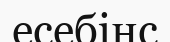
есебінс